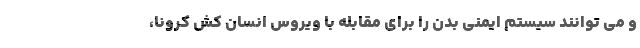
و می توانند سیستم ایمنی بدن را برای مقابله با ویروسِ انسان کُش کرونا،